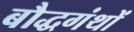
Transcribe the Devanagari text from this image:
बौद्धगंथों